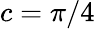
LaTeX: c=\pi/4